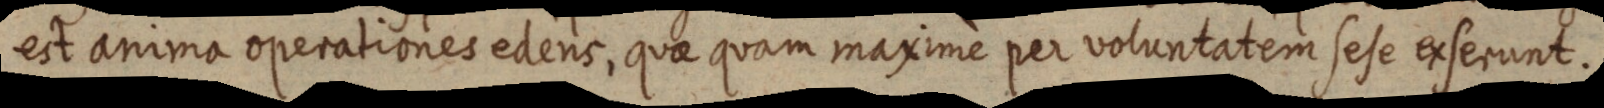
est anima operationes edens, quae quam maximè per voluntatem sese exserunt.